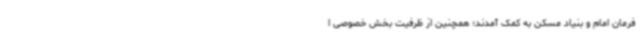
فرمان امام و بنیاد مسکن به کمک آمدند؛ همچنین از ظرفیت بخش خصوصی ا